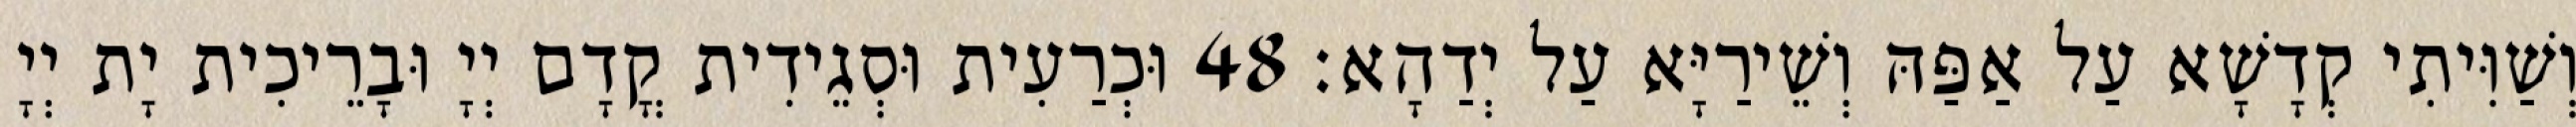
וְשַׁוִּיתִי קְדָשָׁא עַל אַפַּהּ וְשֵׁירַיָּא עַל יְדַהָא׃ 48 וּכְרַעִית וּסְגֵידִית קֳדָם יְיָ וּבָרֵיכִית יָת יְיָ